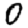
Digit: 0